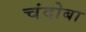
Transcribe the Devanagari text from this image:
चंदोबा